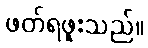
ဖတ်ရဖူးသည်။